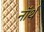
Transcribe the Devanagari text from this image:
नाॅर्थ